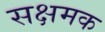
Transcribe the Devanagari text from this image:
सक्षमक